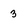
Character: 3